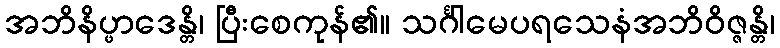
အဘိနိပ္ဖာဒေန္တိ၊ ပြီးစေကုန်၏။ သင်္ဂါမေပရသေနံအဘိဝိဇ္ဇန္တိ၊